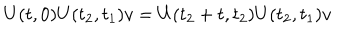
LaTeX: U ( t , 0 ) U ( t _ { 2 } , t _ { 1 } ) v = U ( t _ { 2 } + t , t _ { 2 } ) U ( t _ { 2 } , t _ { 1 } ) v